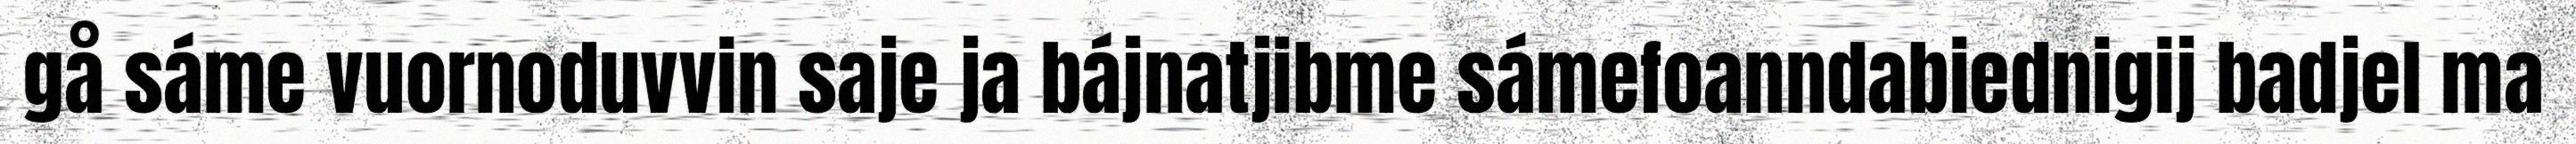
gå sáme vuornoduvvin saje ja bájnatjibme sámefoanndabiednigij badjel ma